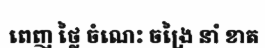
ពេញ ថ្លៃ ចំណេះ ចង្រៃ នាំ ខាត